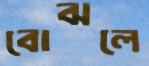
বোঝলে